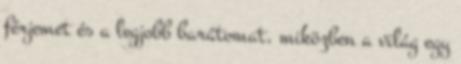
férjemet és a legjobb barátomat, miközben a világ egy